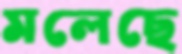
মলেছে